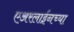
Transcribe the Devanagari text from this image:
एअरलाईनच्या